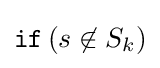
{\mathtt {if}}\,(s\not \in S_{k})